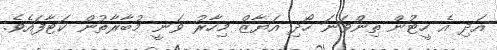
އަދި އެ ހީޓުން ތިންވަނަ ހޯދި އަޔާޒް މިހާރު ވަނީ މުބާރާތުން ކަޓާފައެވެ.